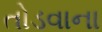
તોડવાના